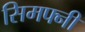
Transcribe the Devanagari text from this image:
सिमफ्नी